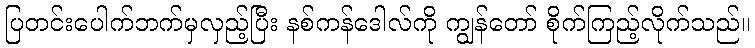
ပြတင်းပေါက်ဘက်မှလှည့်ပြီး နစ်ကန်ဒေါလ်ကို ကျွန်တော် စိုက်ကြည့်လိုက်သည်။